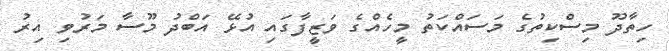
ހިތާދޫ މިސްކިތުގެ މަސައްކަތު މީހެއްގެ ވަޒީފާގައި އުޅޭ އަބްދު މޫސާ މަރުވި އިރު